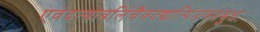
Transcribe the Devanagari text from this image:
एवंदत्वाबलिंचैवदद्यात्पिंडत्रयंबुधः